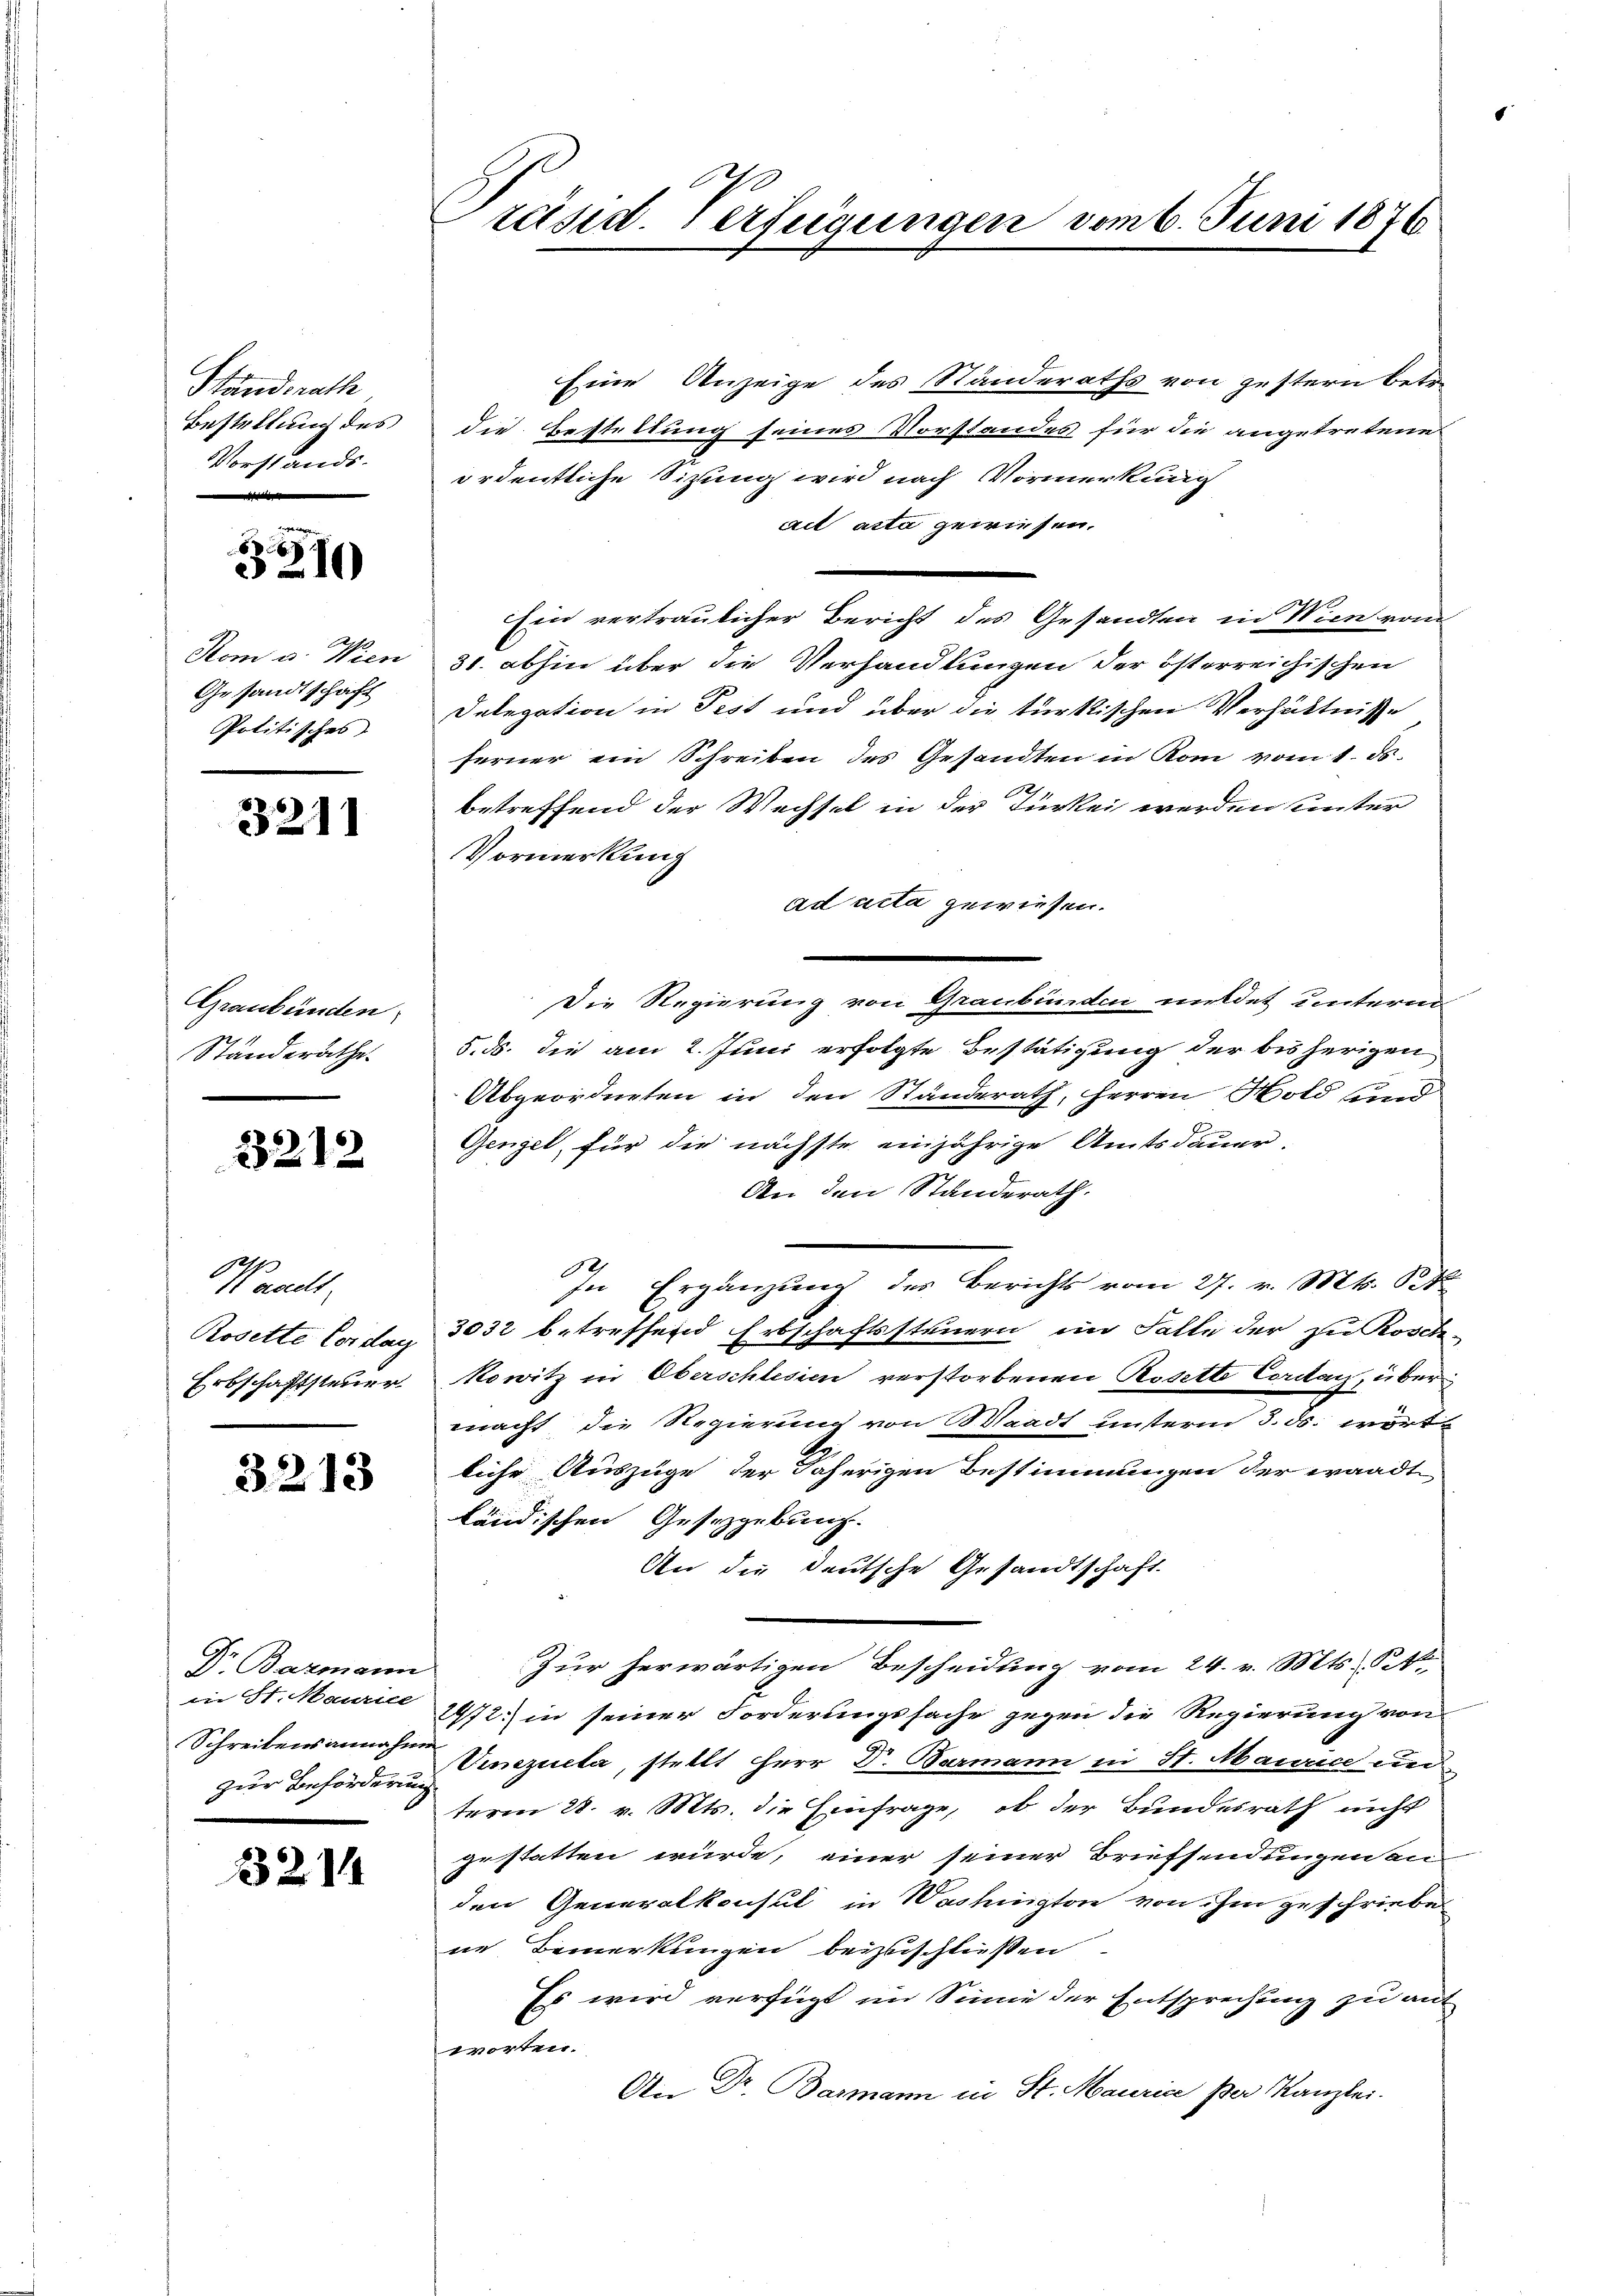
Standsrath
Bestellung des
Vorstands.

6x
3210

Rom u. Wien
Gesandtschaft
Politisches

3211

Graubünden
Ständerathe.

3212

Banals
Rosette Cordag
Erbschaftsteuer.

3213

Dr. Barmann
in St. Maurice
Schreibensannahme
zur Beförderung
e

321

räsid. Verfügungen vom 6. Juni 1876

Eine Anzeige des Standeraths von gestern betr.
die Bestellung seines Vorstandes für die angetretene
ordentliche Sitzung wird nach Vormerkung
act acta gewiesen.
Ein vertraulicher Bericht des Gesandten in Wien vom
31. abhin über die Verhandlungen der österreichischen
Delegation in Pest und über die türkischen Verhältnisse
ferner ein Schreiben des Gesandten in Rom vom 1. d.
betreffend der Wechsel in der Türkei werden unter
Vormerkung
ad acta gewiesen.
Die Regierung von Graubünden mildet unterm
5. ds. die am 2. Juni erfolgte Bestätigung der bisherigen
Abgeordneten in den Standerath, Herren Hold und
Gengel, für die nächste einjährige Amtsdauer.
An den Standerath.
In Ergänzung des Berichts vom 27. v. Mts. St
3032 betreffend Erbschaftssteuern im Falle der zu Rosch
kowitz in Oberschlesien verstorbenen Rosette Cordan, über
macht, die Regierung von Waadt unterm 3. ds. wört
liche Auszüge der daherigen Bestimmungen der waadt
ländischen Gesezgebung.
An die deutsche Gesandtschaft.
Zur herwärtigen Bescheidung vom 24. v. Mts. Pet
2472) in seiner Forderungssache gegen die Regierung von
Vinezueta, stellt Herr Dr. Barmann in St. Maurice unterm 28. v. Mts. die Einfrage, ob der Bundesrath nicht
gestatten würde, einer seiner Briefsendungen an
den Generalkonsul in Washington von ihm geschriebe
ne Bemerkungen beizuschließen
Es wird verfügt im Sinne der Entsprechung zu mit
worten.
An Dr. Barmann in St. Maurice per Kanzlei.